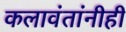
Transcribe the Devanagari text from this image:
कलावंतांनीही